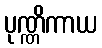
ပုဏ္ဏိကာယ